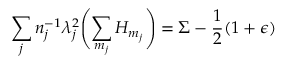
\sum _ { j } n _ { j } ^ { - 1 } \lambda _ { j } ^ { 2 } \Biggl ( \sum _ { m _ { j } } H _ { m _ { j } } \Biggr ) = \Sigma - \frac { 1 } { 2 } ( 1 + \epsilon )